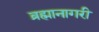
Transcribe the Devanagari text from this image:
ब्रह्मानागरी